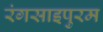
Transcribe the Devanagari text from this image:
रंगसाइपुरम